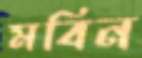
মবিন